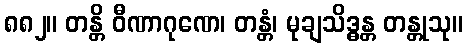
၈၈၂။ တန္တိ ဝီဏာဂုဏေ၊ တန္တံ၊ မုချသိဒ္ဓန္တ တန္တုသု။